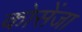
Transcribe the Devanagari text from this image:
कोसेंजा